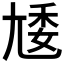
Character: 𡯵